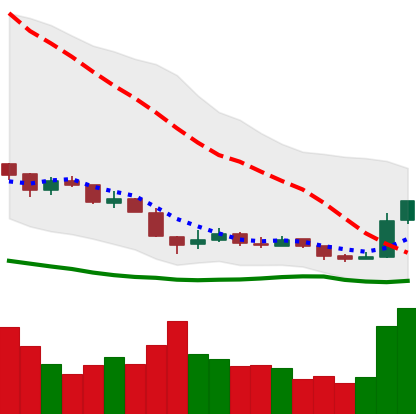
Ticker: XRP-USD
Chart end date: 2018-12-18
Forward return: 6.028%
Label: up_5_7